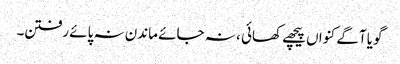
گویا آگے کنواں پیچھے کھائی ، نہ جائے ماندن نہ پائے رفتن۔